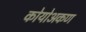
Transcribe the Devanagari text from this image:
कोयोअकण